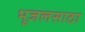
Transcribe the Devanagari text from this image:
भूजलसाठा